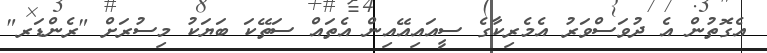
އެގޮތުން އެ ދުވަސްވަރު އެމެރިކާގެ ސީއައިއޭއިން އެތައް ސަތޭކަ ބަޔަކު މިސުރަށް "ރެންޑަރ"